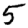
Digit: 5